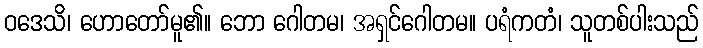
ဝဒေသိ၊ ဟောတော်မူ၏။ ဘော ဂေါတမ၊ အရှင်ဂေါတမ။ ပရံကတံ၊ သူတစ်ပါးသည်